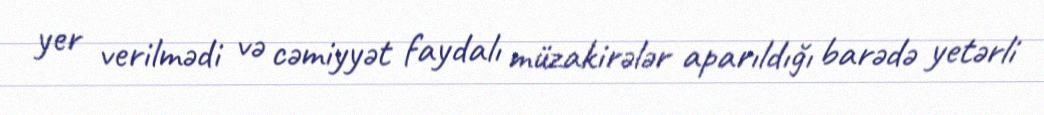
yer verilmədi və cəmiyyət faydalı müzakirələr aparıldığı barədə yetərli